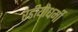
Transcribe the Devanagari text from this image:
रेडीयोधर्मी